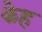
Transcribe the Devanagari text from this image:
केह